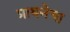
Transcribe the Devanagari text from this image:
प्राथनेचा